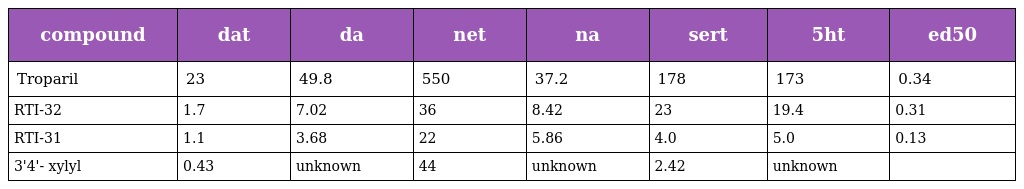
| compound | dat | da | net | na | sert | 5ht | ed50 |
 | --- | --- | --- | --- | --- | --- | --- | --- |
 | Troparil | 23 | 49.8 | 550 | 37.2 | 178 | 173 | 0.34 |
 | RTI-32 | 1.7 | 7.02 | 36 | 8.42 | 23 | 19.4 | 0.31 |
 | RTI-31 | 1.1 | 3.68 | 22 | 5.86 | 4.0 | 5.0 | 0.13 |
 | 3'4'- xylyl | 0.43 | unknown | 44 | unknown | 2.42 | unknown |  |